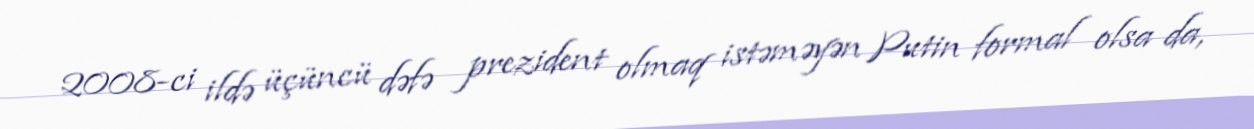
2008-ci ildə üçüncü dəfə prezident olmaq istəməyən Putin formal olsa da,